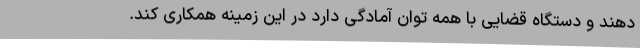
دهند و دستگاه قضایی با همه توان آمادگی دارد در این زمینه همکاری کند.